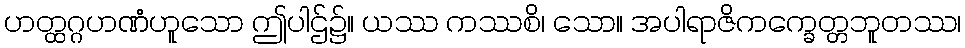
ဟတ္ထဂ္ဂဟဏံဟူသော ဤပါဌ်၌။ ယဿ ကဿစိ၊ သော။ အပါရာဇိကက္ခေတ္တဘူတဿ၊